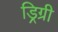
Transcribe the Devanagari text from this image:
ड्रिग्री